Medical and sanitary report of the native army of Bengal for the year
Year: 1878
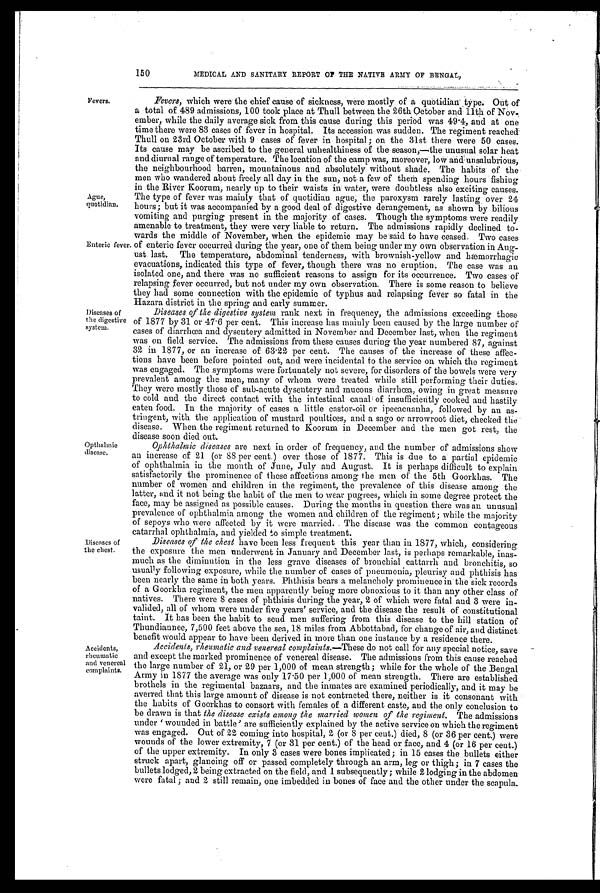
150
MEDICAL AND SANITARY REPORT OF THE NATIVE ARMY OF BENGAL,
Fevers.
Ague,
quotidian.
Enteric feve
r.
Diseases of
the digestive
system.
Opthalmie
disease.
Diseases of
the chest.
Accidents,
rheumatic
and venereal
complaints.
Fevers, which were the chief cause of sickness, were mostly of a quotidian type. Out of
a total of 489 admissions, 100 took place at Thull between the 26th October and 11th of Nov
-ember, while the daily average sick from this cause during this period was 49.4, and at one
time there were 83 cases of fever in hospital. Its accession was sudden. The regiment reached
Thull on 23rd October with 9 cases of fever in hospital; on the 31st there were 50 cases.
Its cause may be ascribed to the general unhealthiness of the season,—the unusual solar heat
and diurnal range of temperature. The location of the camp was, moreover; low and unsalubrious,
the neighbourhood barren, mountainous and absolutely without shade. The habits of the
men who wandered about freely all day in the sun, not a few of them spending hours fishing
in the River Koorum, nearly up to their waists in water, were doubtless also exciting causes.
The type of fever was mainly that of quotidian ague, the paroxysm rarely lasting over 24
hours; but it was accompanied by a good deal of digestive derangement, as shown by bilious
vomiting and purging present in the majority of cases. Though the symptoms were readily
amenable to treatment, they were very liable to return. The admissions rapidly declined to
-wards the middle of November, when the epidemic may be said to have ceased. Two cases
of enteric fever occurred during the year, one of them being under my own observation in Aug--
ust last. The temperature, abdominal tenderness, with brownish-yellow and hæmorrhagic
evacuations, indicated this type of fever, though there was no eruption. The case was an
isolated one, and there was no sufficient reasons to assign for its occurrence. Two cases of
relapsing fever occurred, but not under my own observation. There is some reason to believe
they had some connection with the epidemic of typhus and relapsing fever so fatal in the
Hazara district in the spring and early summer.
Diseases of the digestive system rank next m frequency, the admissions exceeding those
of 1877 by 31 or 47.6 per cent. This increase has mainly been caused by the large number of
cases of diarrhœa and dysentery admitted in November and December last, when the regiment
was on field service. The admissions from these causes during the year numbered 87, against
32 in 1877, or an increase of 63.22 per cent. The causes of the increase of these affec--
tions have been before pointed out, and were incidental to the service on which the regiment
was engaged. The symptoms were fortunately not severe, for disorders of the bowels were very
prevalent among the men, many of whom were treated while still performing their duties.
They were mostly those of sub-acute dysentery and mucous diarrhœa, owing in great measure
to cold and the direct contact with the intestinal canal of insufficiently cooked and hastily
eaten food. In the majority of cases a little castor-oil or ipecacuanha, followed by an as--
tringent, with the application of mustard poultices, and a sago or arrowroot diet, checked the
disease. When the regiment returned to Koorum in December and the men got rest, the
d i s e a s e s o o n d i e d o u t .
Ophthalmic diseases are next in order of frequency, and the number of admissions sho
w an increase of 21 (or 88 per cent.) over those of 1877. This is due to a partial epidemic
of ophthalmia in the month of June, July and August. It is perhaps difficult to explain
satisfactorily the prominence of these affections among the men of the 5th Goorkhas. The
number of women and children in the regiment, the prevalence of this disease among the
latter, and it not being the habit of the men to wear pugrees, which in some degree protect the
face, may be assigned as possible causes. During the months in question there was an unusual
prevalence of ophthalmia among the women and children of the regiment; while the majority
of sepoys who were affected by it were married. The disease was the common contageous
catarrhal ophthalmia, and yielded to simple treatment.
Diseases of the chest have been less frequent this year than in 1877, which, considering
the exposure the men underwent in January and December last, is perhaps remarkable, inas
-much as the diminution in the less grave diseases of bronchial cattarrh and bronchitis, so
usually following exposure, while the number of cases of pneumonia, pleurisy and phthisis has
been nearly the same in both years. Phthisis bears a melancholy prominence in the sick records
of a Goorkha regiment, the men apparently being more obnoxious to it than any other class of
natives. There were 8 cases of phthisis during the year, 2 of which were fatal and 3 were in
-valided, all of whom were under five years' service, and the disease the result of constitutional
taint. It has been the habit to send men suffering from this disease to the hill station o
Thundiaunee, 7,500 feet above the sea, 18 miles from Abbottabad, for change of air, and distinct
benefit would appear to have been derived in more than one instance by a residence there.
Accidents, rheumatic and venereal complaints.— These do not call for any special notice, save
and except the marked prominence of venereal disease. The admissions from this cause reached
the large number of 21, or 29 per 1,000 of mean strength; while for the whole of the Bengal
Army iu 1877 the average was only 17.50 per 1,000 of mean strength. There are established
brothels in the regimental bazaars, and the inmates are examined periodically, and it may be
averred that this large amount of disease is not contracted there, neither is it consonant with
the habits of Goorkhas to consort with females of a different caste, and the only conclusion to
be drawn is that the disease exists among the married women of the regiment. The admissions
under 'wounded in battle' are sufficiently explained by the active service on which the regiment
was engaged. Out of 22 coming into hospital, 2 (or 8 per cent.) died, 8 (or 36 per cent.) were
wounds of the lower extremity, 7 (or 31 per cent.) of the head or face, and 4 (or 16 per cent.)
of the upper extremity. In only 3 cases were bones implicated; in 15 cases the bullets either
struck apart, glancing off or passed completely through an arm, leg or thigh; in 7 cases the
bullets lodged, 2 being extracted on the field, and 1 subsequently; while 2 lodging in the abdomen
were fatal; and 2 still remain, one imbedded in bones of face and the other under the scapula.